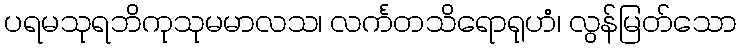
ပရမသုရဘိကုသုမမာလသ၊ လင်္ကတသိရောရုဟံ၊ လွန်မြတ်သော